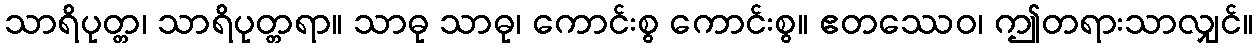
သာရိပုတ္တ၊ သာရိပုတ္တရာ။ သာဓု သာဓု၊ ကောင်းစွ ကောင်းစွ။ ဧတဿေဝ၊ ဤတရားသာလျှင်။